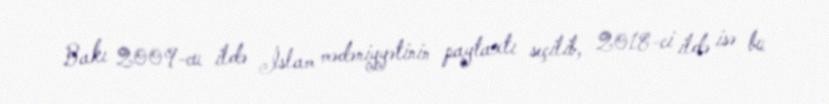
Bakı 2009-cu ildə İslam mədəniyyətinin paytaxtı seçilib, 2018-ci ildə isə bu